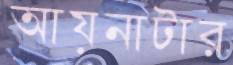
আয়নাটার